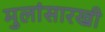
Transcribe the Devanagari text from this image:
मुलांसारखी